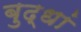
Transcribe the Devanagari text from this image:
बुद्धां